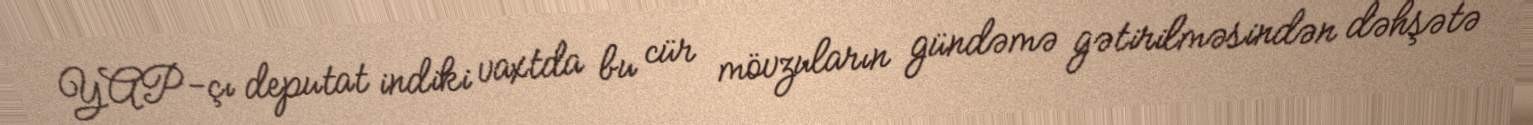
YAP-çı deputat indiki vaxtda bu cür mövzuların gündəmə gətirilməsindən dəhşətə